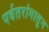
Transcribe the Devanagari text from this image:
पर्वतरांगातुन